Civil Veterinary Dept. Bombay admin report 1893-99 - 1893-1899
Year: 1893
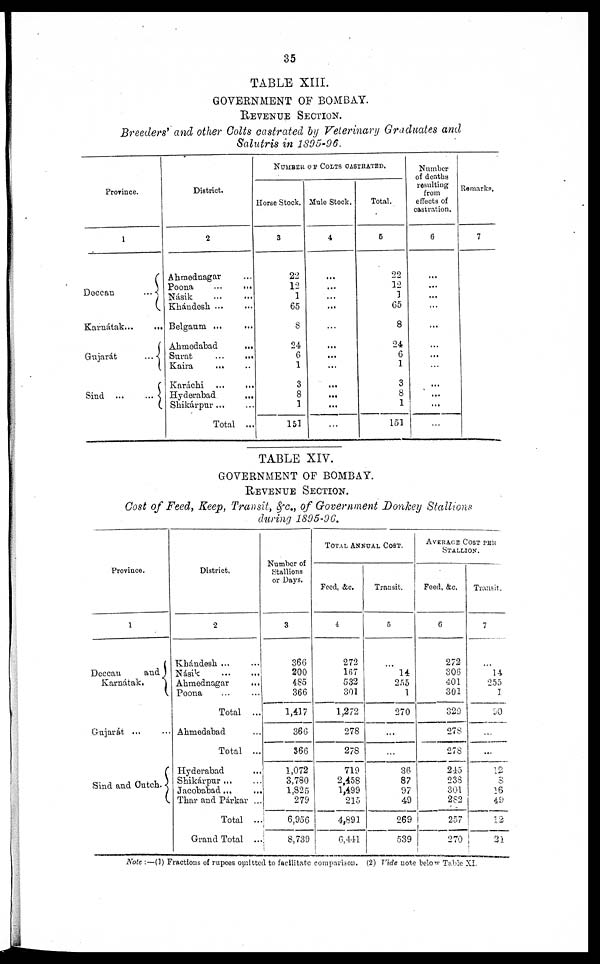
35
TABLE XIII.
GOVERNMENT OF BOMBAY.
REVENUE
SECTION.
Breeders' and other Colts castrated by Veterinary Graduates and
Salutris in 1895-96.
Province.
1
Deccan
...
Karnátak...
...
Gujarát
...
Sind
...
...
District.
2
Ahmednagar ...
Poona ... ...
Násik
...
...
Khándesh ... ...
Belgaum ...
...
Ahmedabad
...
Surat
...
...
Kaira
... ...
Karáchi ...
...
Hyderabad
...
Shikárpur ... ...
Total ...
NUMBER OF COLTS CASTRATED.
Horse Stock.
3
22
12
1
65
8
24
6
1
3
8
1
151
Mule Stock.
4
...
...
...
...
...
...
...
...
...
...
...
...
Total.
5
22
12
3
65
8
24
6
1
3
8
1
151
Number
of deaths
resulting
from
effects of
castration.
6
...
...
...
...
...
...
...
...
...
...
...
...
Remarks.
7
TABLE XIV.
GOVERNMENT OF BOMBAY.
REVENUE SECTION.
Cost of Feed, Keep, Transit, &c., of Government Donkey Stallions
during 1895-96.
Province.
1
Deccan
and
Karnátak.
Gujarát ... ...
Sind and Cutch.
District.
2
Khándesh ... ...
Násik
...
...
Ahmednagar
...
Poona ... ...
Total ...
Ahmedabad ...
Total ...
Hyderabad
Shikárpur ...
Jacobabad ...
Thar and Párkar ...
Total ...
Grand Total ...
Number of
Stallions
or Days.
3
366
200
485
366
1,417
366
366
1,072
3,780
1,825
279
6,956
8,739
TOTAL ANNUAL COST.
Feed, &c.
4
272
167
532
301
1,272
278
278
719
2,458
1,499
215
4,891
6,441
Transit.
5
...
14
255
1
270
...
...
36
87
97
49
269
539
AVERAGE COST PER
STALLION.
Feed, &c.
6
272
306
401
301
329
278
278
245
238
301
282
257
270
Transit.
7
...
14
255
1
90
...
...
12
8
16
49
12
21
Note :—(1) Fractions of rupees omitted to facilitate comparison. (2) Vide note below Table XI.